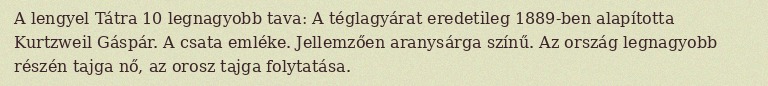
A lengyel Tátra 10 legnagyobb tava: A téglagyárat eredetileg 1889-ben alapította Kurtzweil Gáspár. A csata emléke. Jellemzően aranysárga színű. Az ország legnagyobb részén tajga nő, az orosz tajga folytatása.